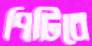
পিটিবে